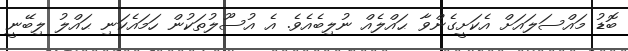
ބޮޑު މައްސަލައަށް އެކަށީގެންވާ ޙައްލެއް ނުލިބެއެވެ. އެ އުސޫލުތަކުން ހަމައެކަނި ޙައްލު ލިބޭނީ